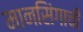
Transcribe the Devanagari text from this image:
मानसिंगाची